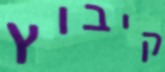
קיבוץ